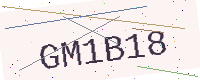
Text: GM1B18